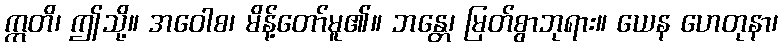
ဣတိ၊ ဤသို့။ အဝေါစ၊ မိန့်တော်မူ၏။ ဘန္တေ၊ မြတ်စွာဘုရား။ ယေန ဟေတုနာ၊